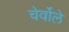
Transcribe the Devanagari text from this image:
चेर्वोले